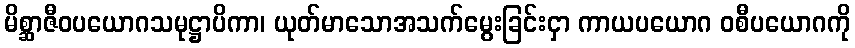
မိစ္ဆာဇီဝပယောဂသမုဋ္ဌာပိကာ၊ ယုတ်မာသောအသက်မွေးခြင်းငှာ ကာယပယောဂ ဝစီပယောဂကို